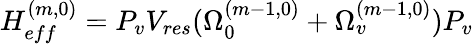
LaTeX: H_{eff}^{(m,0)}=P_{v}V_{res}(\Omega_{0}^{(m-1,0)}+\Omega_{v}^{(m-1,0)})P_{v}